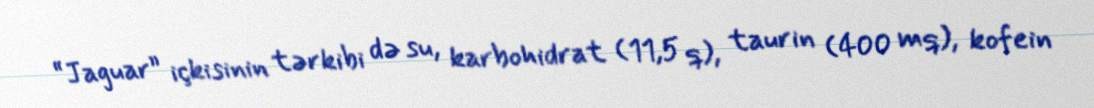
“Jaguar” içkisinin tərkibi də su, karbohidrat (11,5 q), taurin (400 mq), kofein